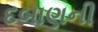
દબાણની